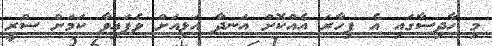
މި ހާދިސާގައި އެ ފިހާރަ އެއްކޮށް އަނދާ އަޅިއަށް ވެފައިވާ ކަމަށް ސްރީ